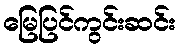
မြေပြင်ကွင်းဆင်း